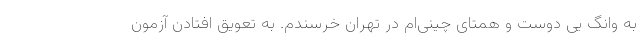
به وانگ یی دوست و همتای چینی‌ام در تهران خرسندم. به تعویق افتادن آزمون